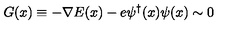
G ( x ) \equiv - \nabla E ( x ) - e \psi ^ { \dagger } ( x ) \psi ( x ) \sim 0